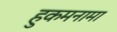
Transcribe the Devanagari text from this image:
हुकमनामा